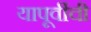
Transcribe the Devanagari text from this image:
यापूर्वीची